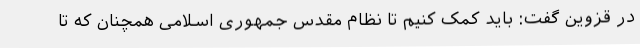
در قزوین گفت: باید کمک کنیم تا نظام مقدس جمهوری اسلامی همچنان که تا